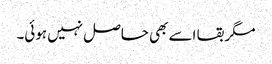
مگر بقا اسے بھی حاصل نہیں ہوئی۔